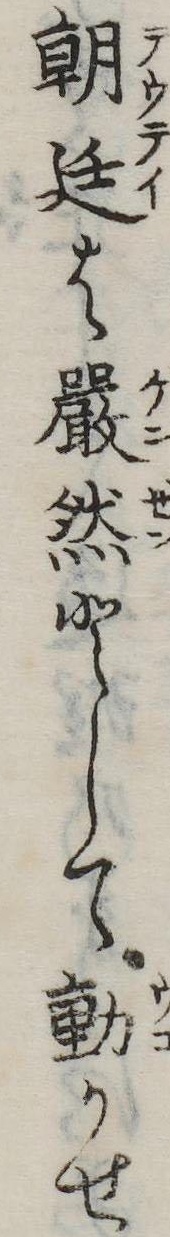
朝廷は厳然として動かせ